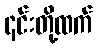
၎င်းတို့ထက်